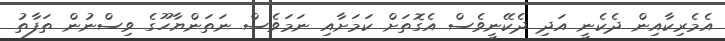
އެމެރިކާއިން ދެކެނީ އަދި ދެކޭނީވެސް އެގޮތަށް ކަމަށާއި ނަމަވެސް ނަތަންޔާހޫގެ ވިސްނުން ތަފާތު